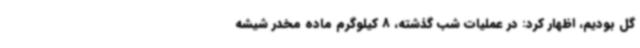
گل بودیم، اظهار کرد: در عملیات شب گذشته، 8 کیلوگرم ماده مخدر شیشه